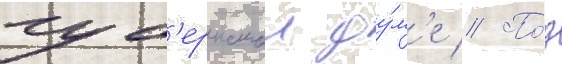
губ'ернскои ду́м'е // По́д